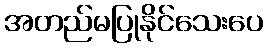
အတည်မပြုနိုင်သေးပေ